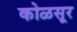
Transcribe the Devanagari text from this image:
कोळसूर